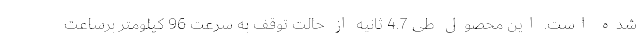
شده است. این محصول طی 4.7 ثانیه از حالت توقف به سرعت 96 کیلومتر برساعت